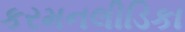
કરમનલીડિકા